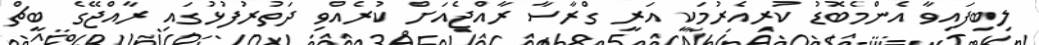
ލިބިފައިވާ އެންމެބޮޑު ކުރިއެރުމަކީ އަރީ ގްރާސާ ރާއްޖެއަށް ކުރެއްވި ދަތުރުފުޅުގައި ރާއްޖޭގެ ބީޗް